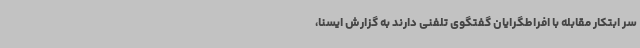
سر ابتکار مقابله با افراطگرایان گفتگوی تلفنی دارند به گزارش ایسنا،